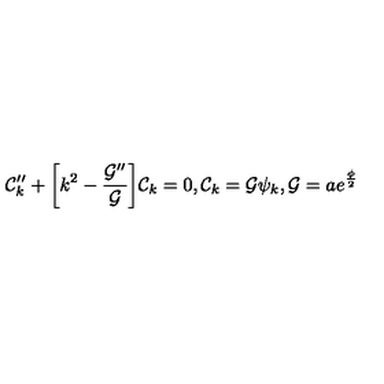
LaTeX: { \cal C } _ { k } ^ { \prime \prime } + \biggl [ k ^ { 2 } - \frac { { \cal G } ^ { \prime \prime } } { { \cal G } } \biggr ] { \cal C } _ { k } = 0 , { \cal C } _ { k } = { \cal G } \psi _ { k } , { \cal G } = a e ^ { \frac { \phi } { 2 } }